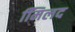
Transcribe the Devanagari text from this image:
मििलद